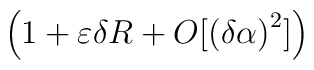
\left( 1+\varepsilon \delta R+O[\left( \delta \alpha \right) ^{2}]\right)